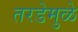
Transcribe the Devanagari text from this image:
तरडेमुळे